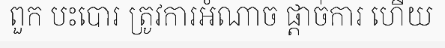
ពួក បះបោរ ត្រូវការអំណាច ផ្តាច់ការ ហើយ